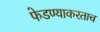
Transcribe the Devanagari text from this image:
फेडण्याकरताच